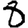
Digit: 8